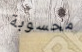
محسوبة